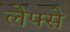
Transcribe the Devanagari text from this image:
लेफ्से